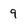
Character: 9